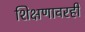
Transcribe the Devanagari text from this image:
शिक्षणावरही